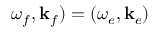
\omega _ { f } , \mathbf { k } _ { f } ) = ( \omega _ { e } , \mathbf { k } _ { e } )